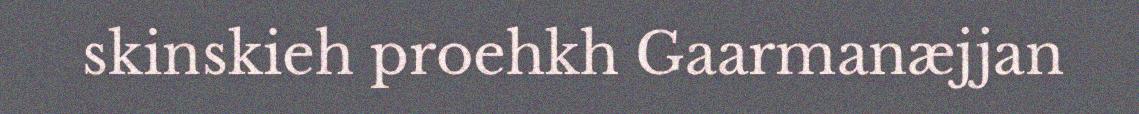
skinskieh proehkh Gaarmanæjjan